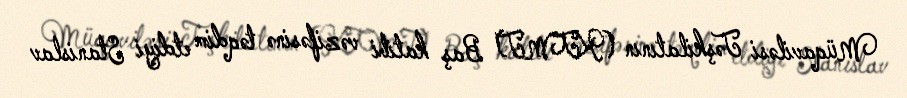
Müqaviləsi Təşkilatının (KTMT) Baş katibi vəzifəsinə təqdim etdiyi Stanislav